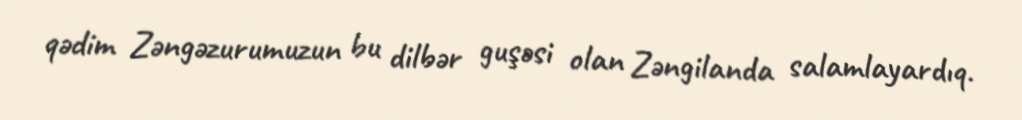
qədim Zəngəzurumuzun bu dilbər guşəsi olan Zəngilanda salamlayardıq.